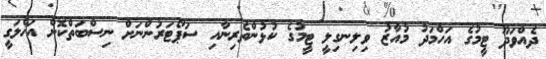
ދެއްވަދޫ ޓީމުގެ އަހްމަދު މުއާޒު ވިލިނގިލީ ޓީމުގެ ކުޅުންތެރިނާއި ސަޕޯޓަރުންނަށް ނިސްބަތްކޮށް އަޚްލަގީ